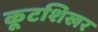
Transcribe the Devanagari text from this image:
कूटशिखर